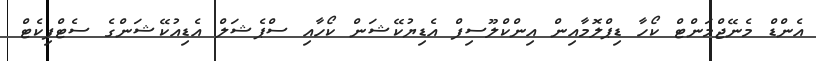
އެންޑް މެނޭޖްމަންޓް ކޯހާ ޑިޕްލޮމާއިން އިންކްލޫސިފް އެޑިޔުކޭޝަން ކޯހާއި ސްޕެޝަލް އެޑިއުކޭޝަންގެ ސެޓްފިކެޓް